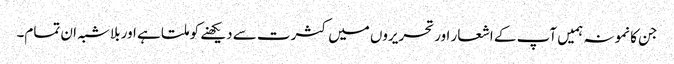
جن کا نمونہ ہمیں آپ کے اشعار اور تحریروں میں کثرت سے دیکھنے کو ملتا ہے اور بلاشبہ ان تمام۔